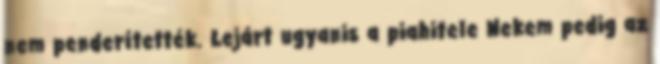
nem penderítették. Lejárt ugyanis a piahitele Nekem pedig az